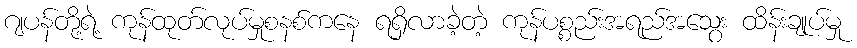
ဂျပန်တို့ရဲ့ ကုန်ထုတ်လုပ်မှုစနစ်ကနေ ရရှိလာခဲ့တဲ့ ကုန်ပစ္စည်းအရည်အသွေး ထိန်းချုပ်မှု